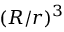
( R / r ) ^ { 3 }